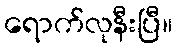
ရောက်လုနီးပြီ။